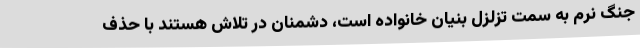
جنگ نرم به سمت تزلزل بنیان خانواده است، دشمنان در تلاش هستند با حذف